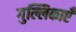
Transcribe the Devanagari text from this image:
गुल्लिकाएँ